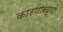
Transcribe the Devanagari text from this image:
कारणाख्यो